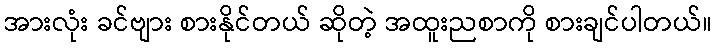
အားလုံး ခင်ဗျား စားနိုင်တယ် ဆိုတဲ့ အထူးညစာကို စားချင်ပါတယ်။